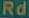
Rd